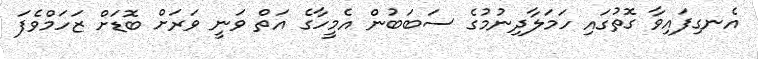
އެނގިފައިވާ ގޮތުގައި ހަމަލާދިނުމުގެ ސަބަބުން އެމީހާގެ އަތް ވަނީ ވަރަށް ބޮޑަށް ޒަހަމްވެފަ